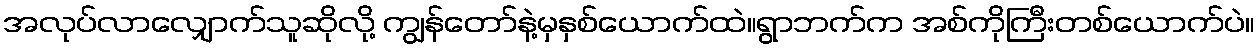
အလုပ်လာလျှောက်သူဆိုလို့ ကျွန်တော်နဲ့မှနှစ်ယောက်ထဲ။ရွာဘက်က အစ်ကိုကြီးတစ်ယောက်ပဲ။